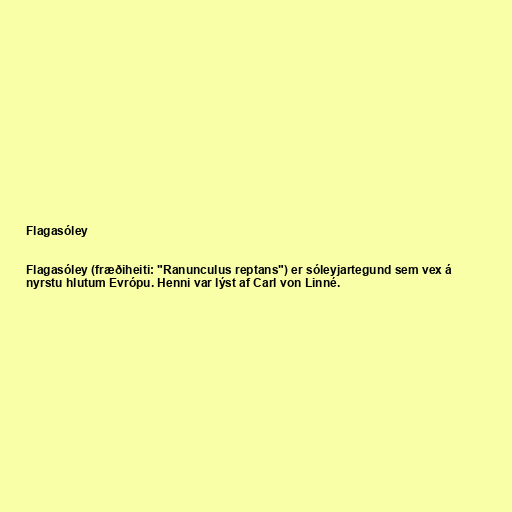
Flagasóley

Flagasóley (fræðiheiti: "Ranunculus reptans") er sóleyjartegund sem vex á
nyrstu hlutum Evrópu. Henni var lýst af Carl von Linné.